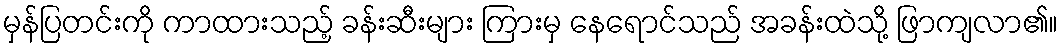
မှန်ပြတင်းကို ကာထားသည့် ခန်းဆီးများ ကြားမှ နေရောင်သည် အခန်းထဲသို့ ဖြာကျလာ၏။